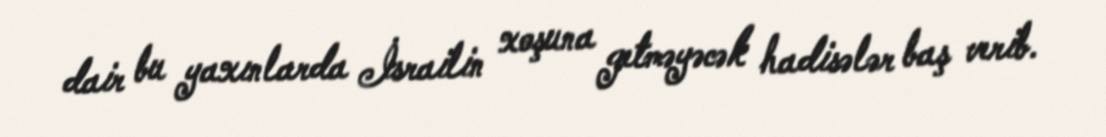
dair bu yaxınlarda İsrailin xoşuna getməyəcək hadisələr baş verib.